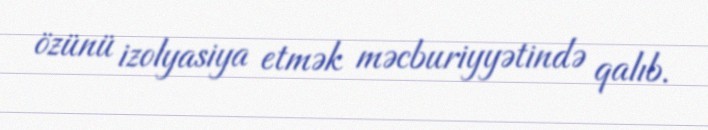
özünü izolyasiya etmək məcburiyyətində qalıb.